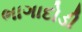
ભાગાદોડી